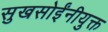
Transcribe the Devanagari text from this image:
सुखसोईंनीयुक्त